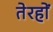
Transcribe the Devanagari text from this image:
तेरहों